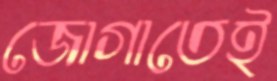
জোগাতেই